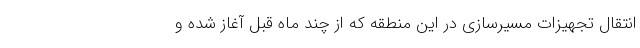
انتقال تجهیزات مسیرسازی در این منطقه که از چند ماه قبل آغاز شده و